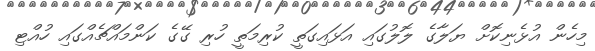
މިހެން އުޅެނިކޮށް ޔަލާގެ ލޮލުގައި އަޅައިގަތީ ކުރިމަތީ ހުރި ގޭގެ ކަންމައްޗެއްގައި ހުއްޓި